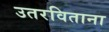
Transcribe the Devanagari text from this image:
उतरविताना